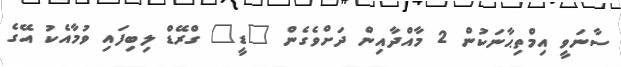
ސާނަވީ އިމްތިޙާނަކުން 2 މާއްދާއިން ދަށްވެގެން "ޑީ" ގްރޭޑް ލިބިފައި ވުމާއެކު އޭގެ